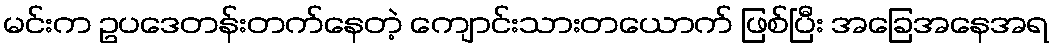
မင်းက ဥပဒေတန်းတက်နေတဲ့ ကျောင်းသားတယောက် ဖြစ်ပြီး အခြေအနေအရ